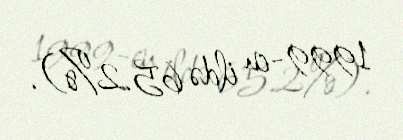
1999-cu ildə 65.2%).